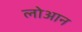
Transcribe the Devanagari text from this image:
लोआन